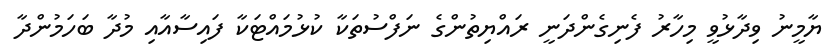
ޔާމީނު ވިދާޅުވީ މިހާރު ފެނިގެންދަނީ ރައްޔިތުންގެ ނަފްސުތަކާ ކުޅުމައްޓަކާ ފައިސާއާއި މުދާ ބަހަމުންދާ